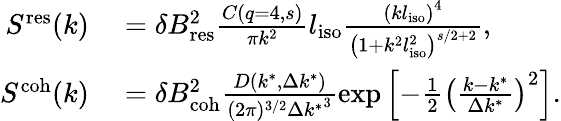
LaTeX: \begin{array}{rl}{S^{\mathrm{res}}(k)}&{{}=\delta B_{\mathrm{res}}^{2}\frac{C(q=4,s)}{\pi k^{2}}l_{\mathrm{iso}}\frac{\left(kl_{\mathrm{iso}}\right)^{4}}{\left(1+k^{2}l_{\mathrm{iso}}^{2}\right)^{s/2+2}},}\\ {S^{\mathrm{coh}}(k)}&{{}=\delta B_{\mathrm{coh}}^{2}\frac{D(k^{*},\Delta k^{*})}{(2\pi)^{3/2}{\Delta k^{*}}^{3}}\exp\left[{-\frac{1}{2}\left(\frac{k-k^{*}}{\Delta k^{*}}\right)^{2}}\right].}\end{array}